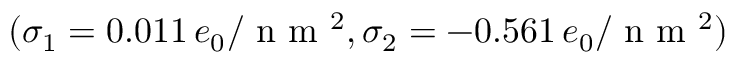
( \sigma _ { 1 } = 0 . 0 1 1 \, e _ { 0 } / \textrm { n m } ^ { 2 } , \sigma _ { 2 } = - 0 . 5 6 1 \, e _ { 0 } / \textrm { n m } ^ { 2 } )